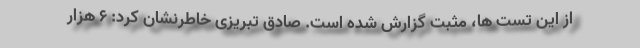
از این تست ها، مثبت گزارش شده است. صادق تبریزی خاطرنشان کرد: ۶ هزار